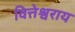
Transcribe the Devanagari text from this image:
वित्तेश्वराय